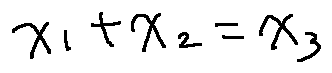
x _ { 1 } + x _ { 2 } = x _ { 3 }